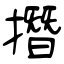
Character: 撍